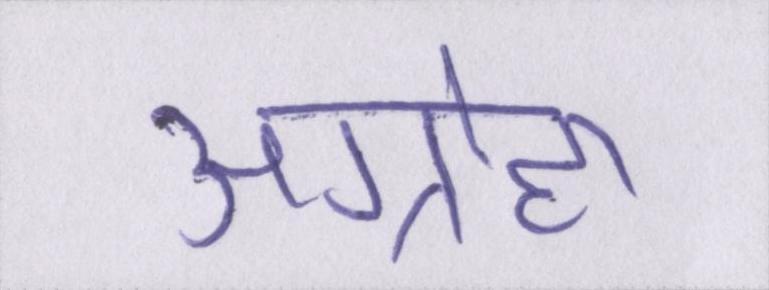
अग्रोहा